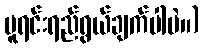
မူရင်းရည်ရွယ်ချက်ပါပဲ။)